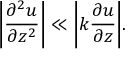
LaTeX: { \bigg | } { \frac { \partial ^ { 2 } u } { \partial z ^ { 2 } } } { \bigg | } \ll { \bigg | } { k { \frac { \partial u } { \partial z } } } { \bigg | } .